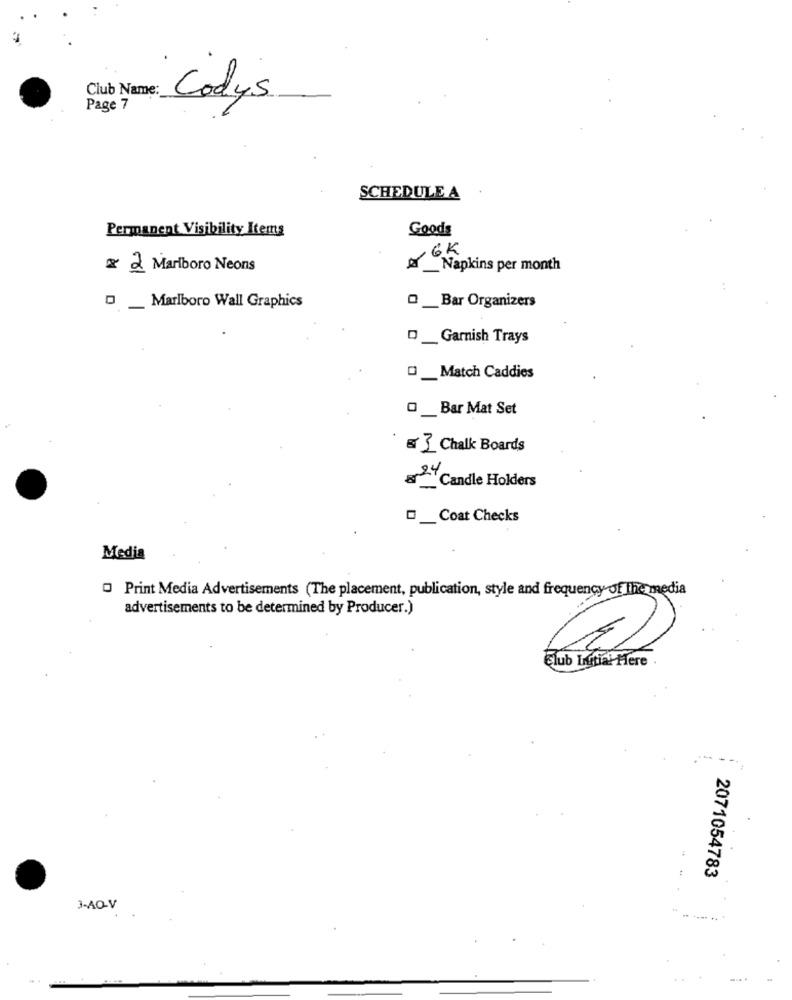
Club Name:
Codys
Page 7
SCHEDULE A
Permanent Visibility Items
Goods
6K
x 2 Marlboro Neons
& Napkins per month
..
0_ Marlboro Wall Graphics
Q _Bar Organizers
D _Garnish Trays
D_Match Caddies
O_Bar Mat Set
@ 3 Chalk Boards
# 24
"Candle Holders
_ Coat Checks
Media
Print Media Advertisements (The placement, publication, style and frequency of The media
advertisements to be determined by Producer.)
Club Initial Here .
:
2071054783
3-AO-V